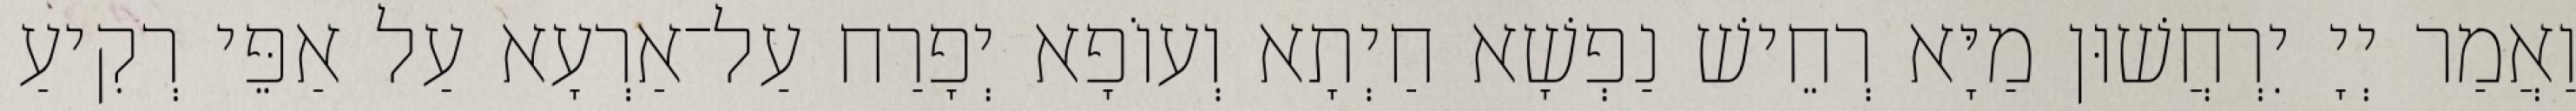
וַאֲמַר יְיָ יִרְחֲשׁוּן מַיָּא רְחֵישׁ נַפְשָׁא חַיְתָא וְעוֹפָא יְפָרַח עַל־אַרְעָא עַל אַפֵּי רְקִיעַ